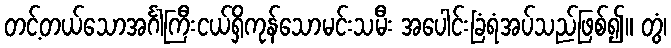
တင့်တယ်သောအင်္ဂါကြီးငယ်ရှိကုန်သောမင်းသမီး အပေါင်းခြံရံအပ်သည်ဖြစ်၍။ တွံ၊